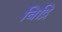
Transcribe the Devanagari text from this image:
बिद्रि